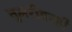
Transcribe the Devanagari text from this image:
तुमरीवरही